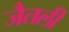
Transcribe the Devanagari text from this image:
जैतली